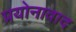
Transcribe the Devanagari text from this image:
प्रयोनावाद